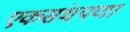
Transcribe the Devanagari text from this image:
एकसंधपणा